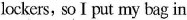
lockers, so I put my bag in